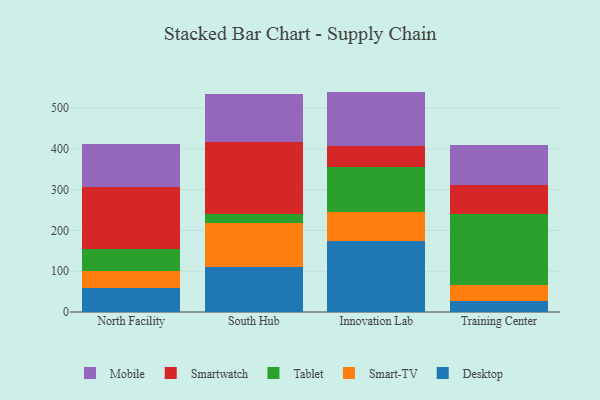
{"axis": {"x": "Campus", "y": "Active Users"}, "legend": ["Desktop", "Mobile", "Smart-TV", "Smartwatch", "Tablet"], "data": [{"x": "North Facility", "y": 59.0, "type": "Desktop"}, {"x": "North Facility", "y": 41.7, "type": "Smart-TV"}, {"x": "North Facility", "y": 53.9, "type": "Tablet"}, {"x": "North Facility", "y": 151.4, "type": "Smartwatch"}, {"x": "North Facility", "y": 105.7, "type": "Mobile"}, {"x": "South Hub", "y": 110.0, "type": "Desktop"}, {"x": "South Hub", "y": 108.0, "type": "Smart-TV"}, {"x": "South Hub", "y": 21.7, "type": "Tablet"}, {"x": "South Hub", "y": 176.8, "type": "Smartwatch"}, {"x": "South Hub", "y": 117.1, "type": "Mobile"}, {"x": "Innovation Lab", "y": 173.0, "type": "Desktop"}, {"x": "Innovation Lab", "y": 72.5, "type": "Smart-TV"}, {"x": "Innovation Lab", "y": 110.4, "type": "Tablet"}, {"x": "Innovation Lab", "y": 52.2, "type": "Smartwatch"}, {"x": "Innovation Lab", "y": 132.3, "type": "Mobile"}, {"x": "Training Center", "y": 27.7, "type": "Desktop"}, {"x": "Training Center", "y": 38.6, "type": "Smart-TV"}, {"x": "Training Center", "y": 173.2, "type": "Tablet"}, {"x": "Training Center", "y": 71.1, "type": "Smartwatch"}, {"x": "Training Center", "y": 98.6, "type": "Mobile"}]}